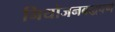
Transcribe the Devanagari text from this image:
नियोजनबद्धपणे